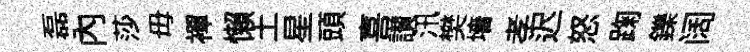
磊內莎毋襌懶土星頭喜讃汛樊墻孝迟怒踘鑠阔